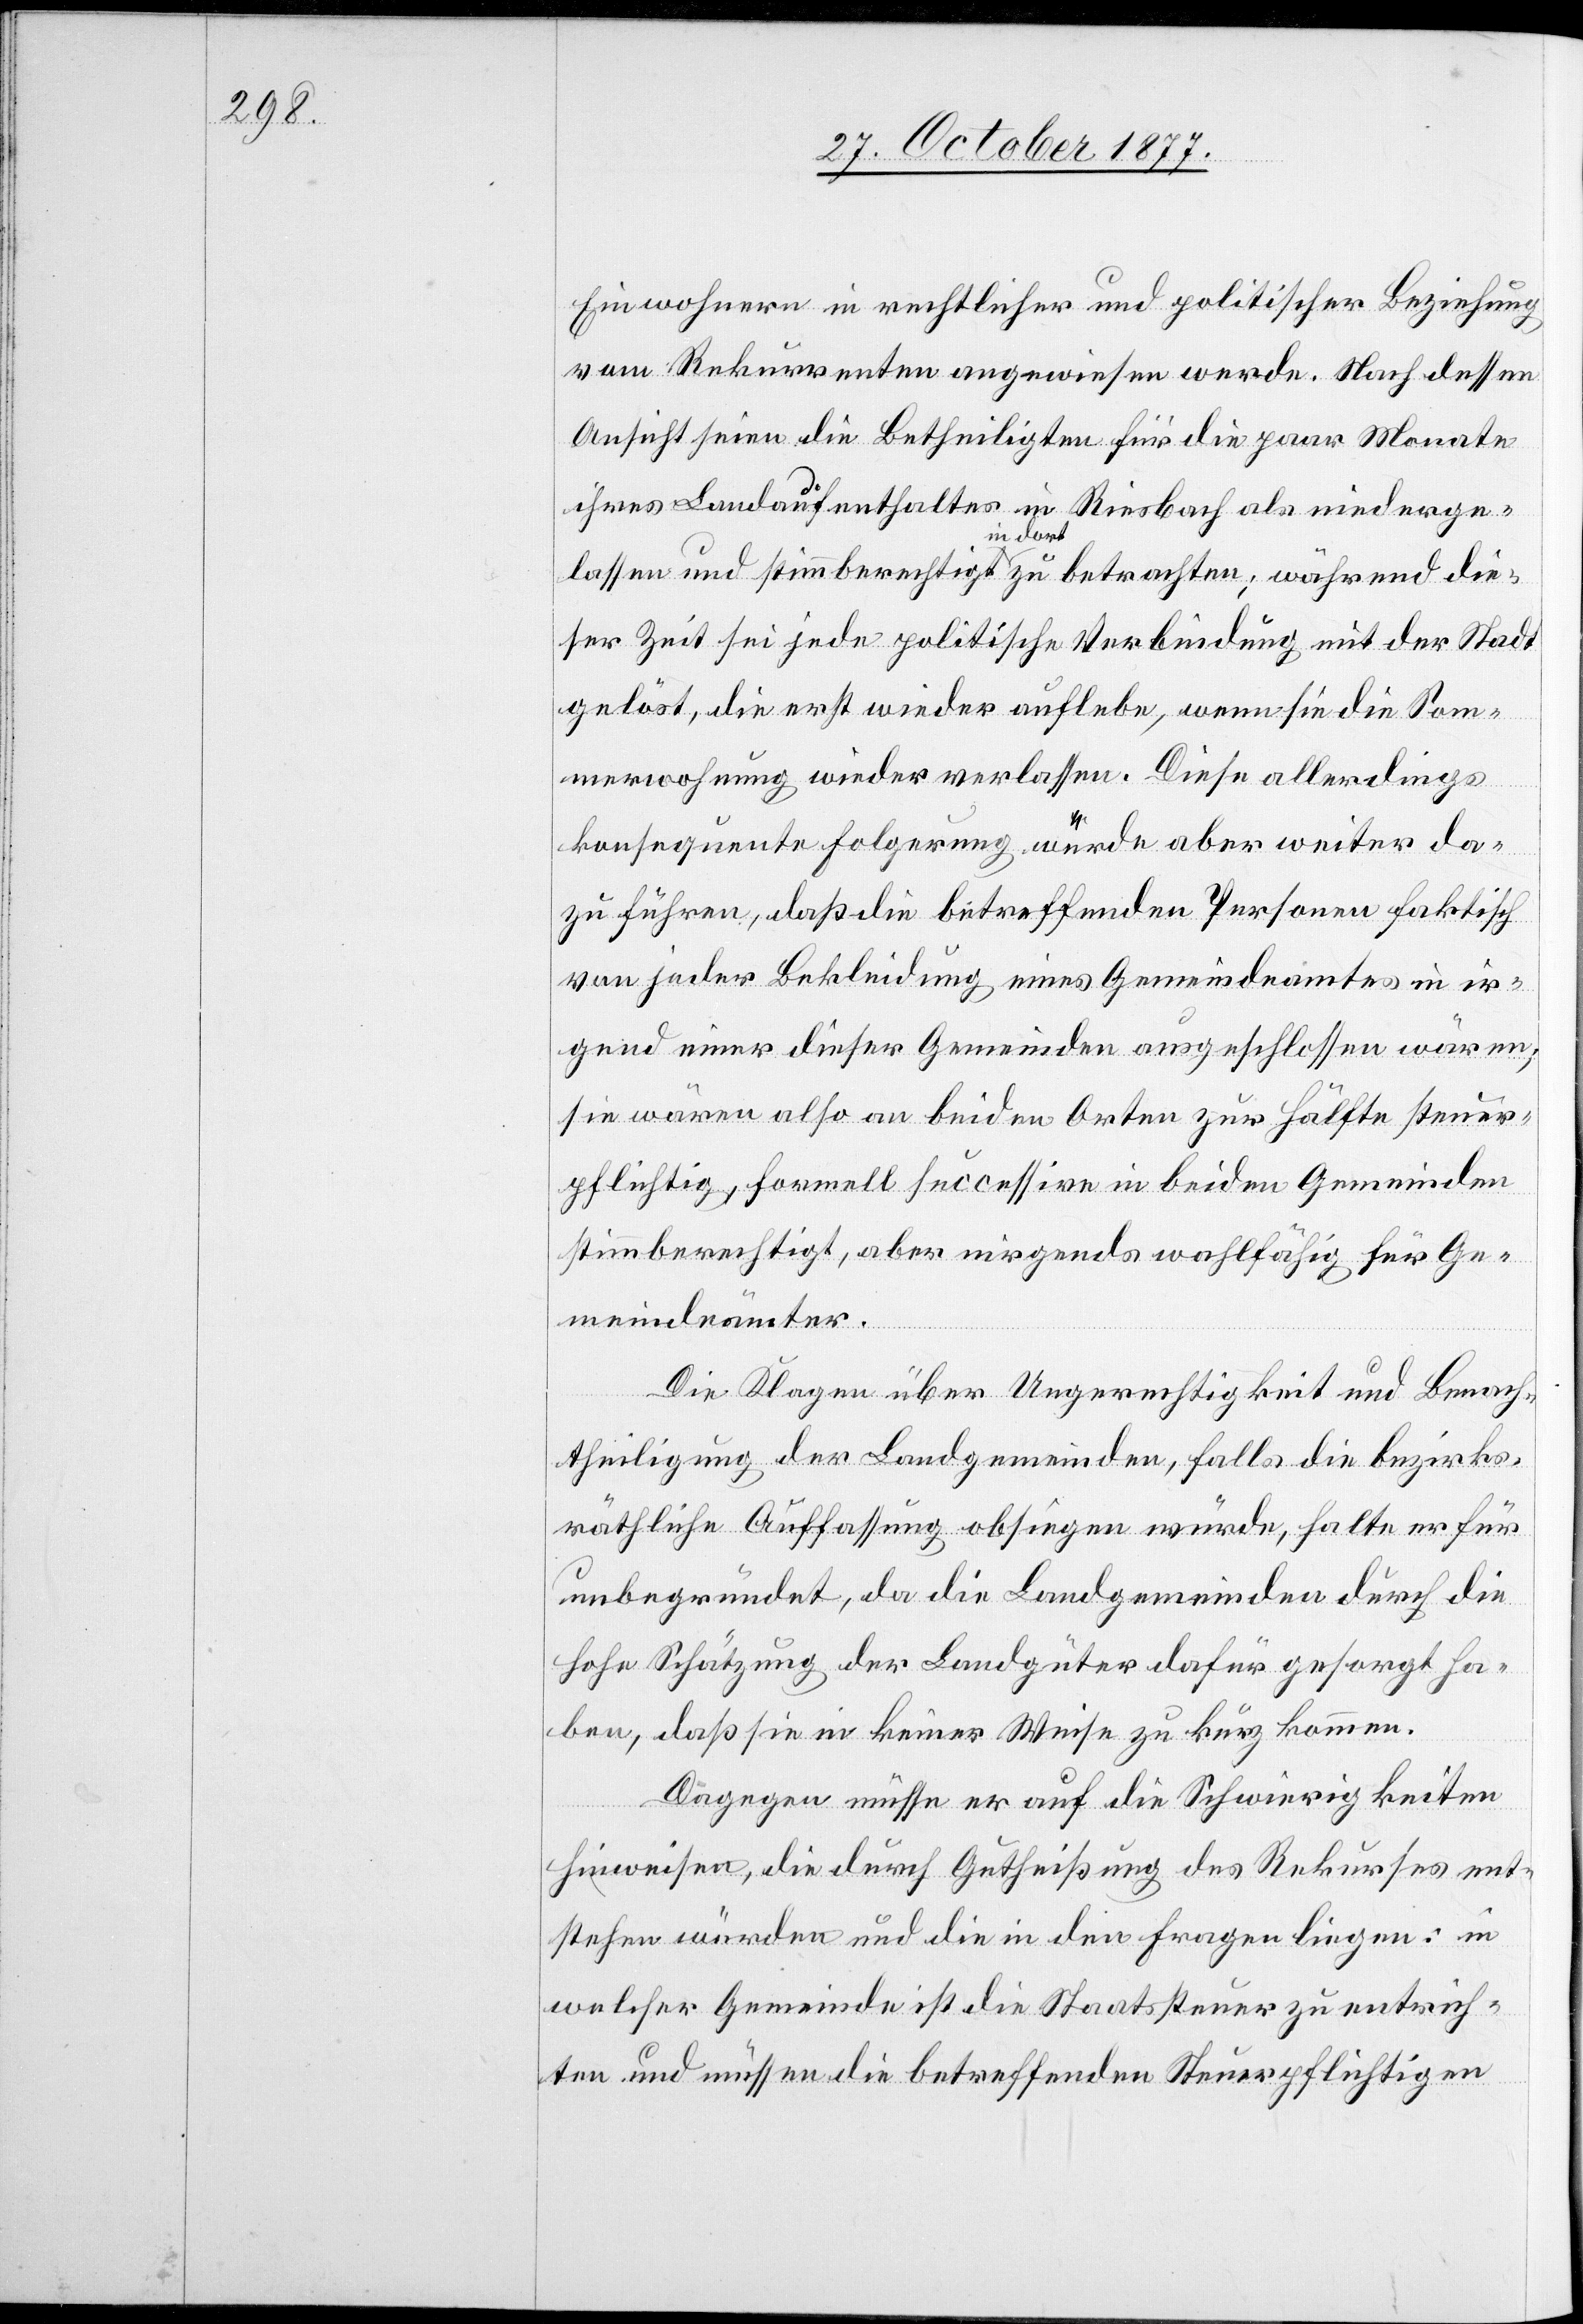
Einwohnern in rechtlicher und politischer Beziehung
vom Rekurrenten angewiesen werde. Nach dessen
Ansicht seien die Betheiligten für die paar Monate
ihres Landaufenthaltes in Riesbach als niederge¬
lassen und stimmberechtigt in dort zu betrachten; während die¬
ser Zeit sei jede politische Verbindung mit der Stadt
gelöst, die erst wieder auflebe, wenn sie die Som¬
merwohnung wieder verlassen. Diese allerdings
konsequente Folgerung würde aber weiter da¬
zu führen, daß die betreffenden Personen faktisch
von jeder Bekleidung eines Gemeindeamtes in ir¬
gend einer dieser Gemeinden ausgeschlossen wären;
sie wären also an beiden Orten zur Hälfte steuer¬
pflichtig, formell successive in beiden Gemeinden
stimmberechtigt, aber nirgends wahlfähig für Ge¬
meindeämter.
Die Klagen über Ungerechtigkeit und Benach¬
theiligung der Landgemeinden, falls die bezirks¬
räthliche Auffassung obsiegen würde, halte er für
unbegründet, da die Landgemeinden durch die
hohe Schätzung der Landgüter dafür gesorgt ha¬
ben, daß sie in keiner Weise zu kurz kommen.
Dagegen müsse er auf die Schwierigkeiten
hinweisen, die durch Gutheißung des Rekurses ent¬
stehen würden und die in den Fragen liegen: in
welcher Gemeinde ist die Staatssteuer zu entrich¬
ten und müssen die betreffenden Steuerpflichtigen